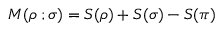
M ( \boldsymbol { \rho } \; ; \boldsymbol { \sigma } ) = S ( \boldsymbol { \rho } ) + S ( \boldsymbol { \sigma } ) - S ( \boldsymbol { \pi } )